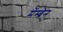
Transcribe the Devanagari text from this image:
मेंम्ब्रेन